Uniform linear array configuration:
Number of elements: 64
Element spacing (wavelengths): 1
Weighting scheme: blackman
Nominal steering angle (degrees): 45
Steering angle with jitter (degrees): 45.153
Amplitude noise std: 0.05
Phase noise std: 0.05

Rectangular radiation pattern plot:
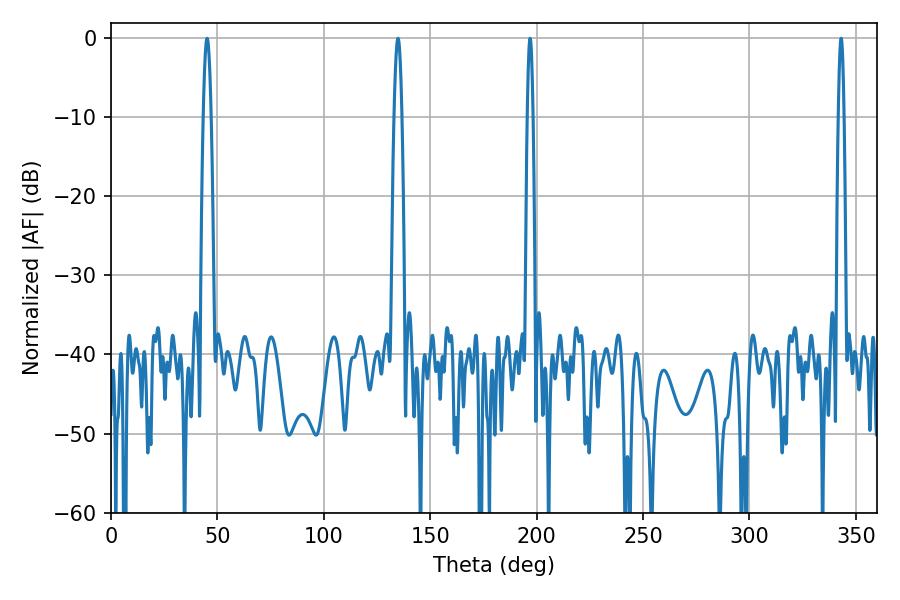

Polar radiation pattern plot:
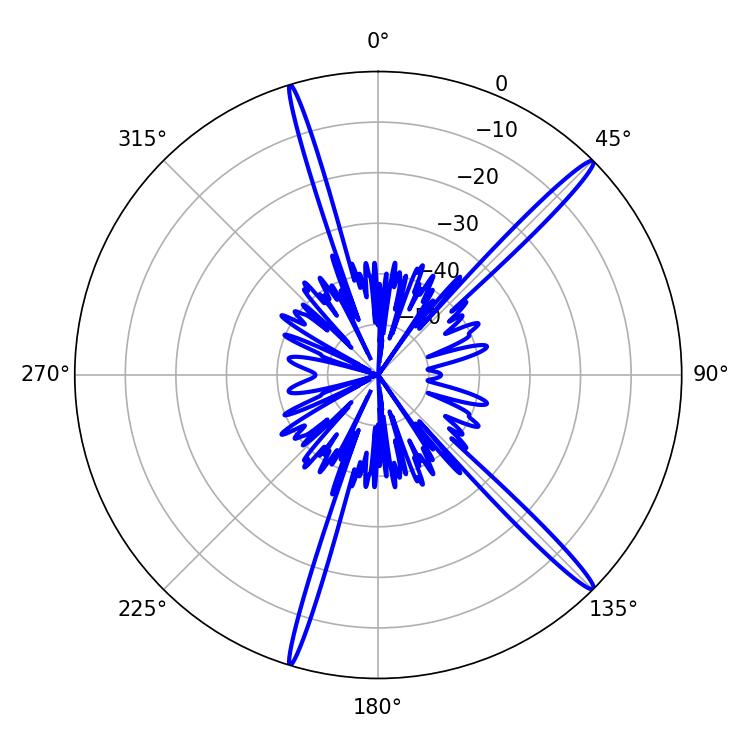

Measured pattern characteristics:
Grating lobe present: TRUE
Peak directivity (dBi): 17.144
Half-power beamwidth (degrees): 1.44
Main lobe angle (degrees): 196.92